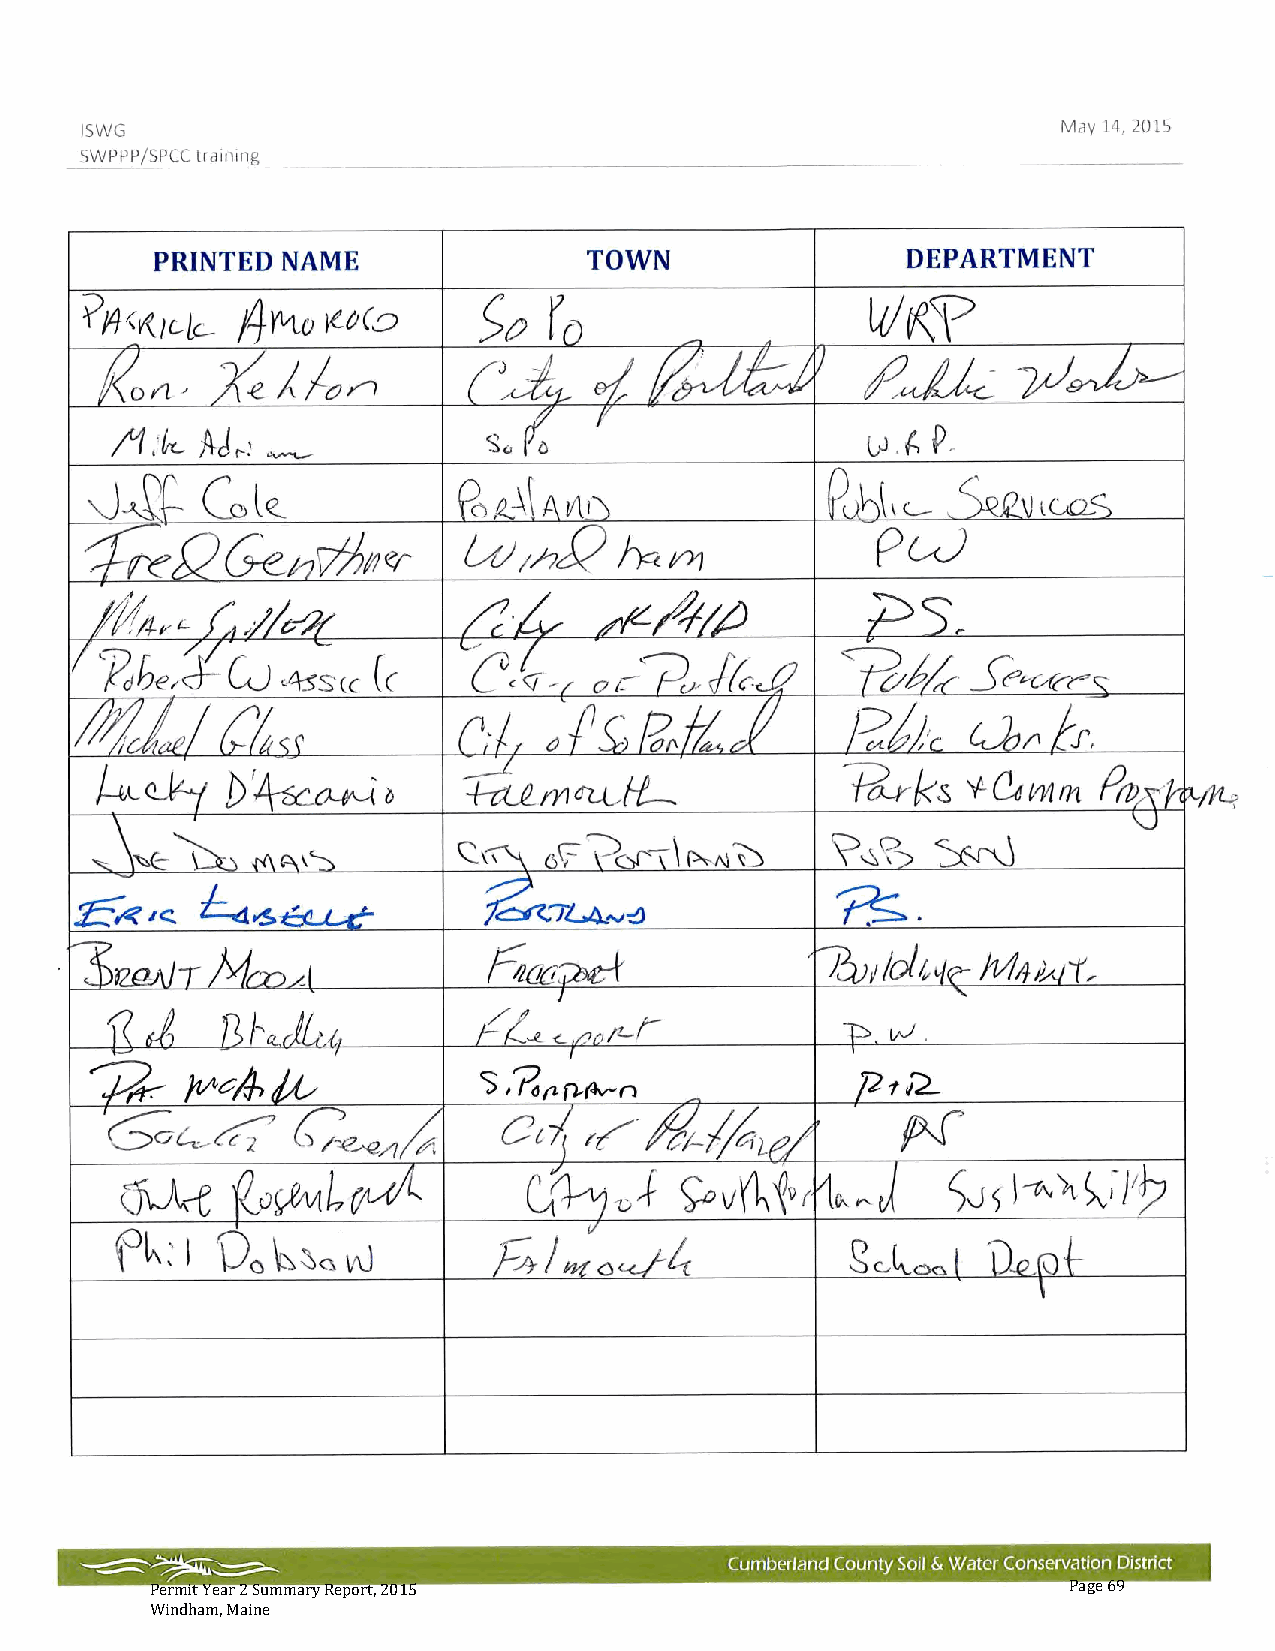
Permit Year 2 Summary Report, 2015                           Page 69
 Windham, Maine